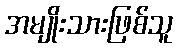
အမျိုးသားဖြစ်သူ